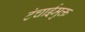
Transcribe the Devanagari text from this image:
टंचाईमुक्त